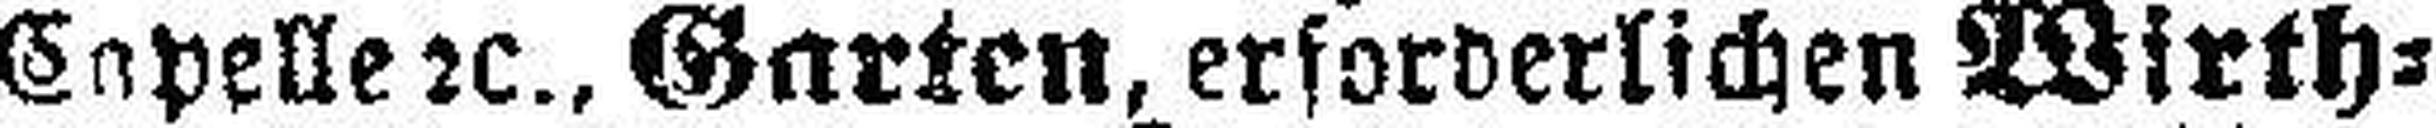
Capelle 2c., Garten, erforderlichen Wirth¬